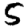
Digit: 5